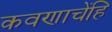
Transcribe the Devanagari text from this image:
कवणाचेंहि